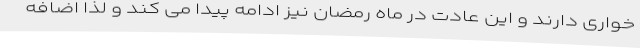
خواری دارند و این عادت در ماه رمضان نیز ادامه پیدا می کند و لذا اضافه